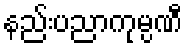
နည်းပညာကုမ္ပဏီ